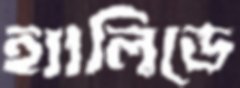
হ্যালিডে